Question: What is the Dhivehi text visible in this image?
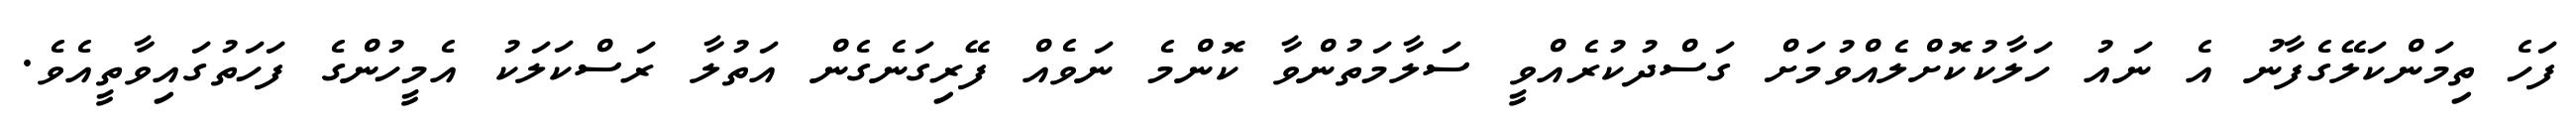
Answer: ފަހެ ތިމަންކަލޭގެފާނު އެ ނައު ހަލާކުކޮށްލެއްވުމަށް ގަސްދުކުރެއްވީ ސަލާމަތުންވާ ކޮންމެ ނަވެއް ފޭރިގަނެގެން އަތުލާ ރަސްކަލަކު އެމީހުންގެ ފަހަތުގައިވާތީއެވެ.